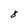
Character: 8